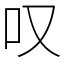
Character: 叹